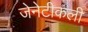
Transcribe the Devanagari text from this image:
जेनेटीकली